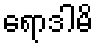
ရောဒါမိ